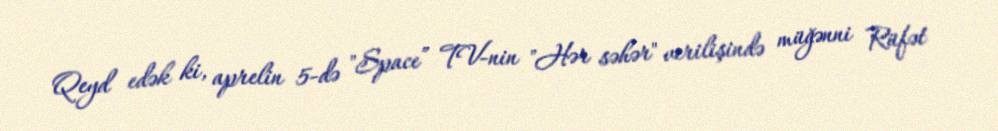
Qeyd edək ki, aprelin 5-də "Space” TV-nin "Hər səhər" verilişində müğənni Rüfət